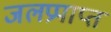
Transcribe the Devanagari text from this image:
जलप्रपाप्त